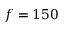
f = 1 5 0